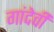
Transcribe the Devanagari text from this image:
गांदेवी